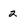
Character: 2